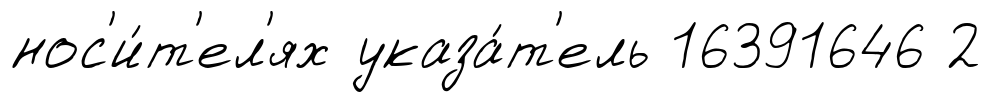
нос'и́т'ел'ях указа́т'ель 16391646 2